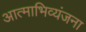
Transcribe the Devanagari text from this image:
आत्‍माभिव्‍यंजना